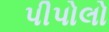
પીપોલો